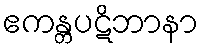
ဧကန္တပဋိဘာနာ